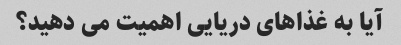
آیا به غذاهای دریایی اهمیت می دهید؟